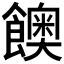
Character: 𩟇